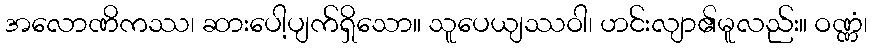
အလောဏိကဿ၊ ဆားပေါ့ပျက်ရှိသော။ သူပေယျဿဝါ၊ ဟင်းလျာ၏မူလည်း။ ဝဏ္ဏံ၊